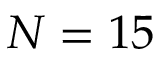
N = 1 5